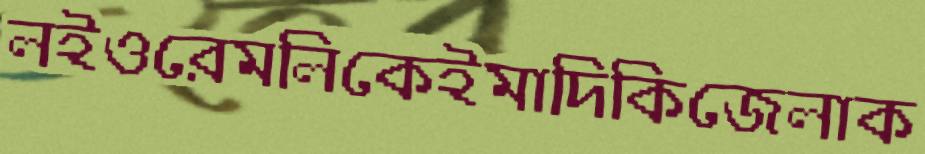
লইওরেমলিকেইমাদিকিজেলাক